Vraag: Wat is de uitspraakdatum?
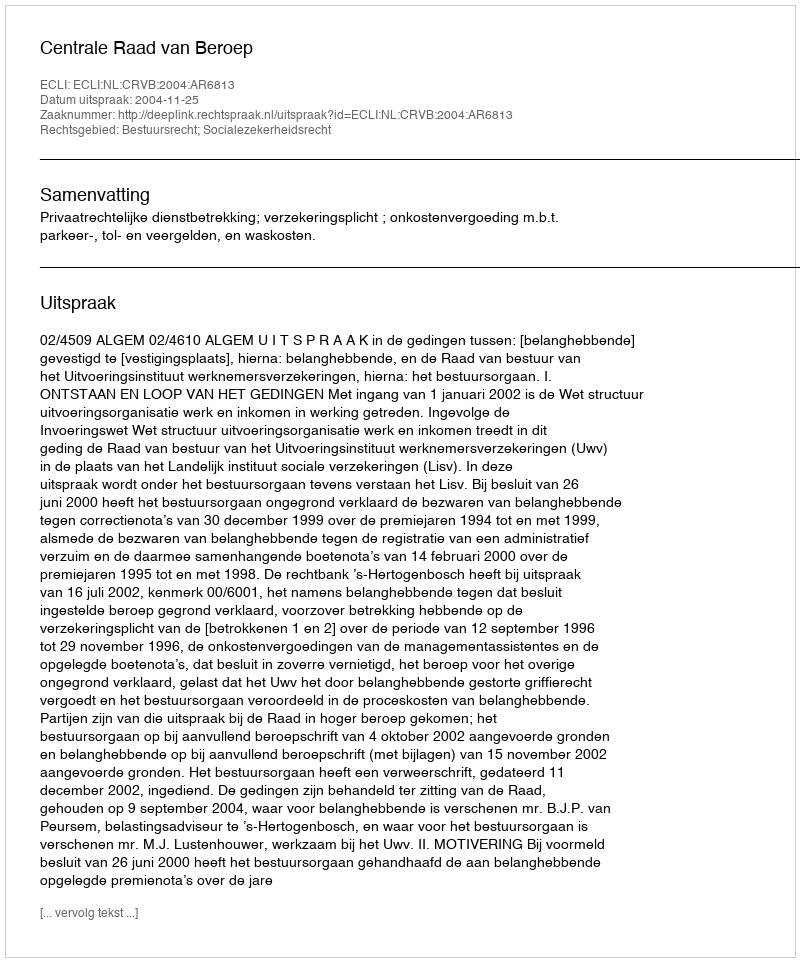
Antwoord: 2004-11-25